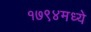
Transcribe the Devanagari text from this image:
१७९४मध्ये